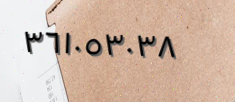
٣٦١٠٥٣٠٣٨